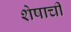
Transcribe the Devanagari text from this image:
शेषाची